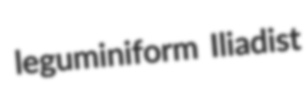
leguminiform Iliadist